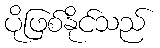
ပိုဖြစ်နိုင်သည်